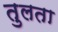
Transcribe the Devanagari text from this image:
तुलता